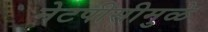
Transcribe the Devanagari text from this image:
नेटपीसीमुळे